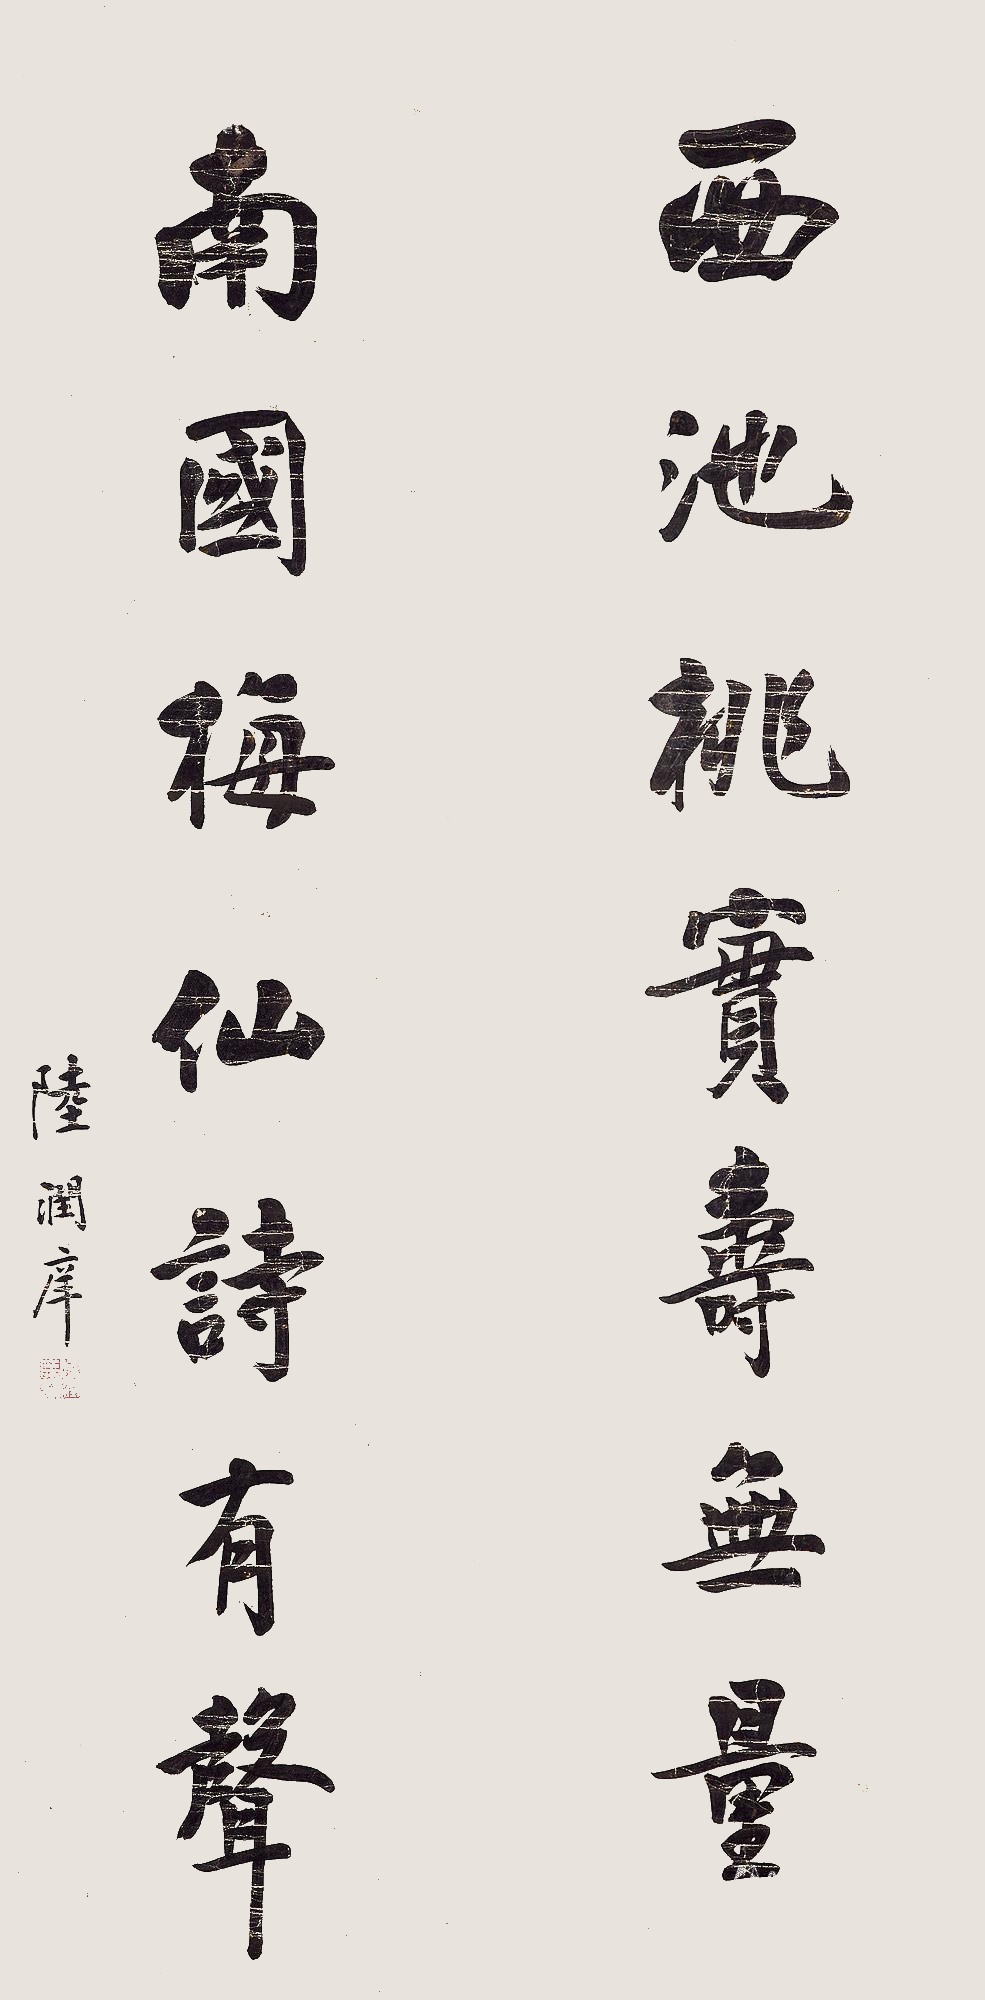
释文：西池桃实寿无量，南国梅仙诗有声。陆润庠。